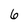
Character: 6